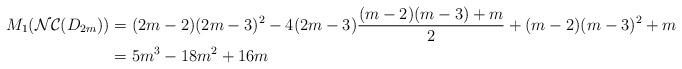
LaTeX: \begin{align*} M_{1}(\mathcal{NC}(D_{2m}))&=(2m-2)(2m-3)^{2}-4(2m-3)\dfrac{(m-2)(m-3)+m}{2}+(m-2)(m-3)^{2}+m \\ &= 5m^{3}-18m^{2}+16m\end{align*}